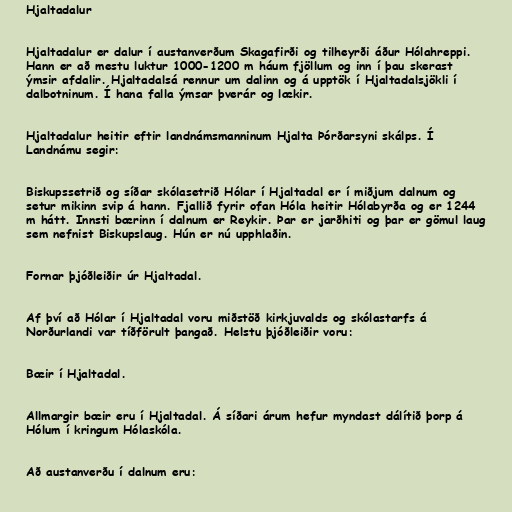
Hjaltadalur

Hjaltadalur er dalur í austanverðum Skagafirði og tilheyrði áður Hólahreppi.
Hann er að mestu luktur 1000-1200 m háum fjöllum og inn í þau skerast
ýmsir afdalir. Hjaltadalsá rennur um dalinn og á upptök í Hjaltadalsjökli í
dalbotninum. Í hana falla ýmsar þverár og lækir.

Hjaltadalur heitir eftir landnámsmanninum Hjalta Þórðarsyni skálps. Í
Landnámu segir:

Biskupssetrið og síðar skólasetrið Hólar í Hjaltadal er í miðjum dalnum og
setur mikinn svip á hann. Fjallið fyrir ofan Hóla heitir Hólabyrða og er 1244
m hátt. Innsti bærinn í dalnum er Reykir. Þar er jarðhiti og þar er gömul laug
sem nefnist Biskupslaug. Hún er nú upphlaðin.

Fornar þjóðleiðir úr Hjaltadal.

Af því að Hólar í Hjaltadal voru miðstöð kirkjuvalds og skólastarfs á
Norðurlandi var tíðförult þangað. Helstu þjóðleiðir voru:

Bæir í Hjaltadal.

Allmargir bæir eru í Hjaltadal. Á síðari árum hefur myndast dálítið þorp á
Hólum í kringum Hólaskóla.

Að austanverðu í dalnum eru: